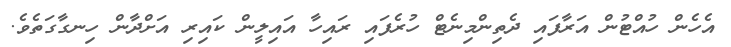
އެހެން ހުއްޓުން އަރާފައި ދެތިންމިނެޓް ހުރެފައި ރައިހާ އައިލީން ކައިރި އަށްދާން ހިނގާގަތެވެ.